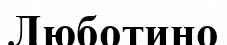
Люботино